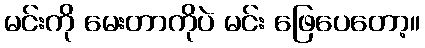
မင်းကို မေးတာကိုပဲ မင်း ဖြေပေတော့။